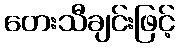
တေးသီချင်းဖြင့်